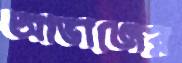
আভাজের